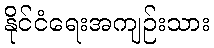
နိုင်ငံရေးအကျဉ်းသား